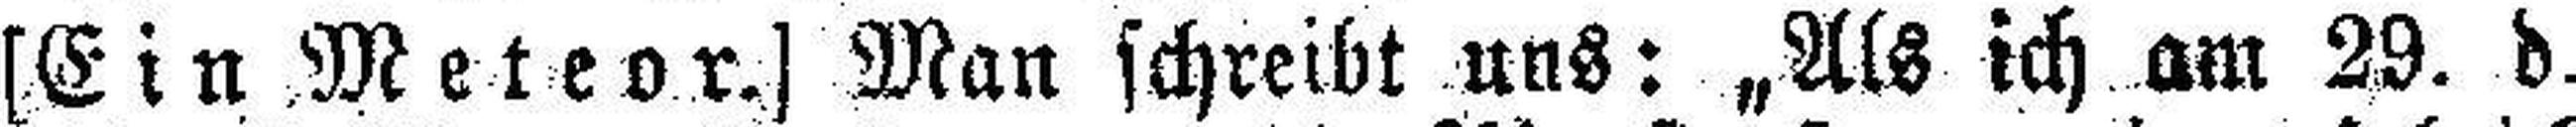
[Ein Meteor.] Man schreibt uns: „Als ich am 29. d.